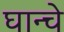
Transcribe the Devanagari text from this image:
घान्चे